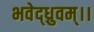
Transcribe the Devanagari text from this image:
भवेद्ध्रुवम्।।